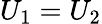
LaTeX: U_{1}=U_{2}